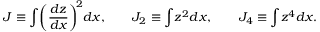
\begin{array} { l } { \displaystyle { J \equiv \int \! \bigg ( \frac { d z } { d x } \bigg ) ^ { \! 2 } d x , \qquad J _ { 2 } \equiv \int \! z ^ { 2 } d x , \qquad J _ { 4 } \equiv \int \! z ^ { 4 } d x . } } \end{array}